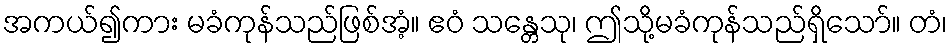
အကယ်၍ကား မခံကုန်သည်ဖြစ်အံ့။ ဧဝံ သန္တေသု၊ ဤသို့မခံကုန်သည်ရှိသော်။ တံ၊